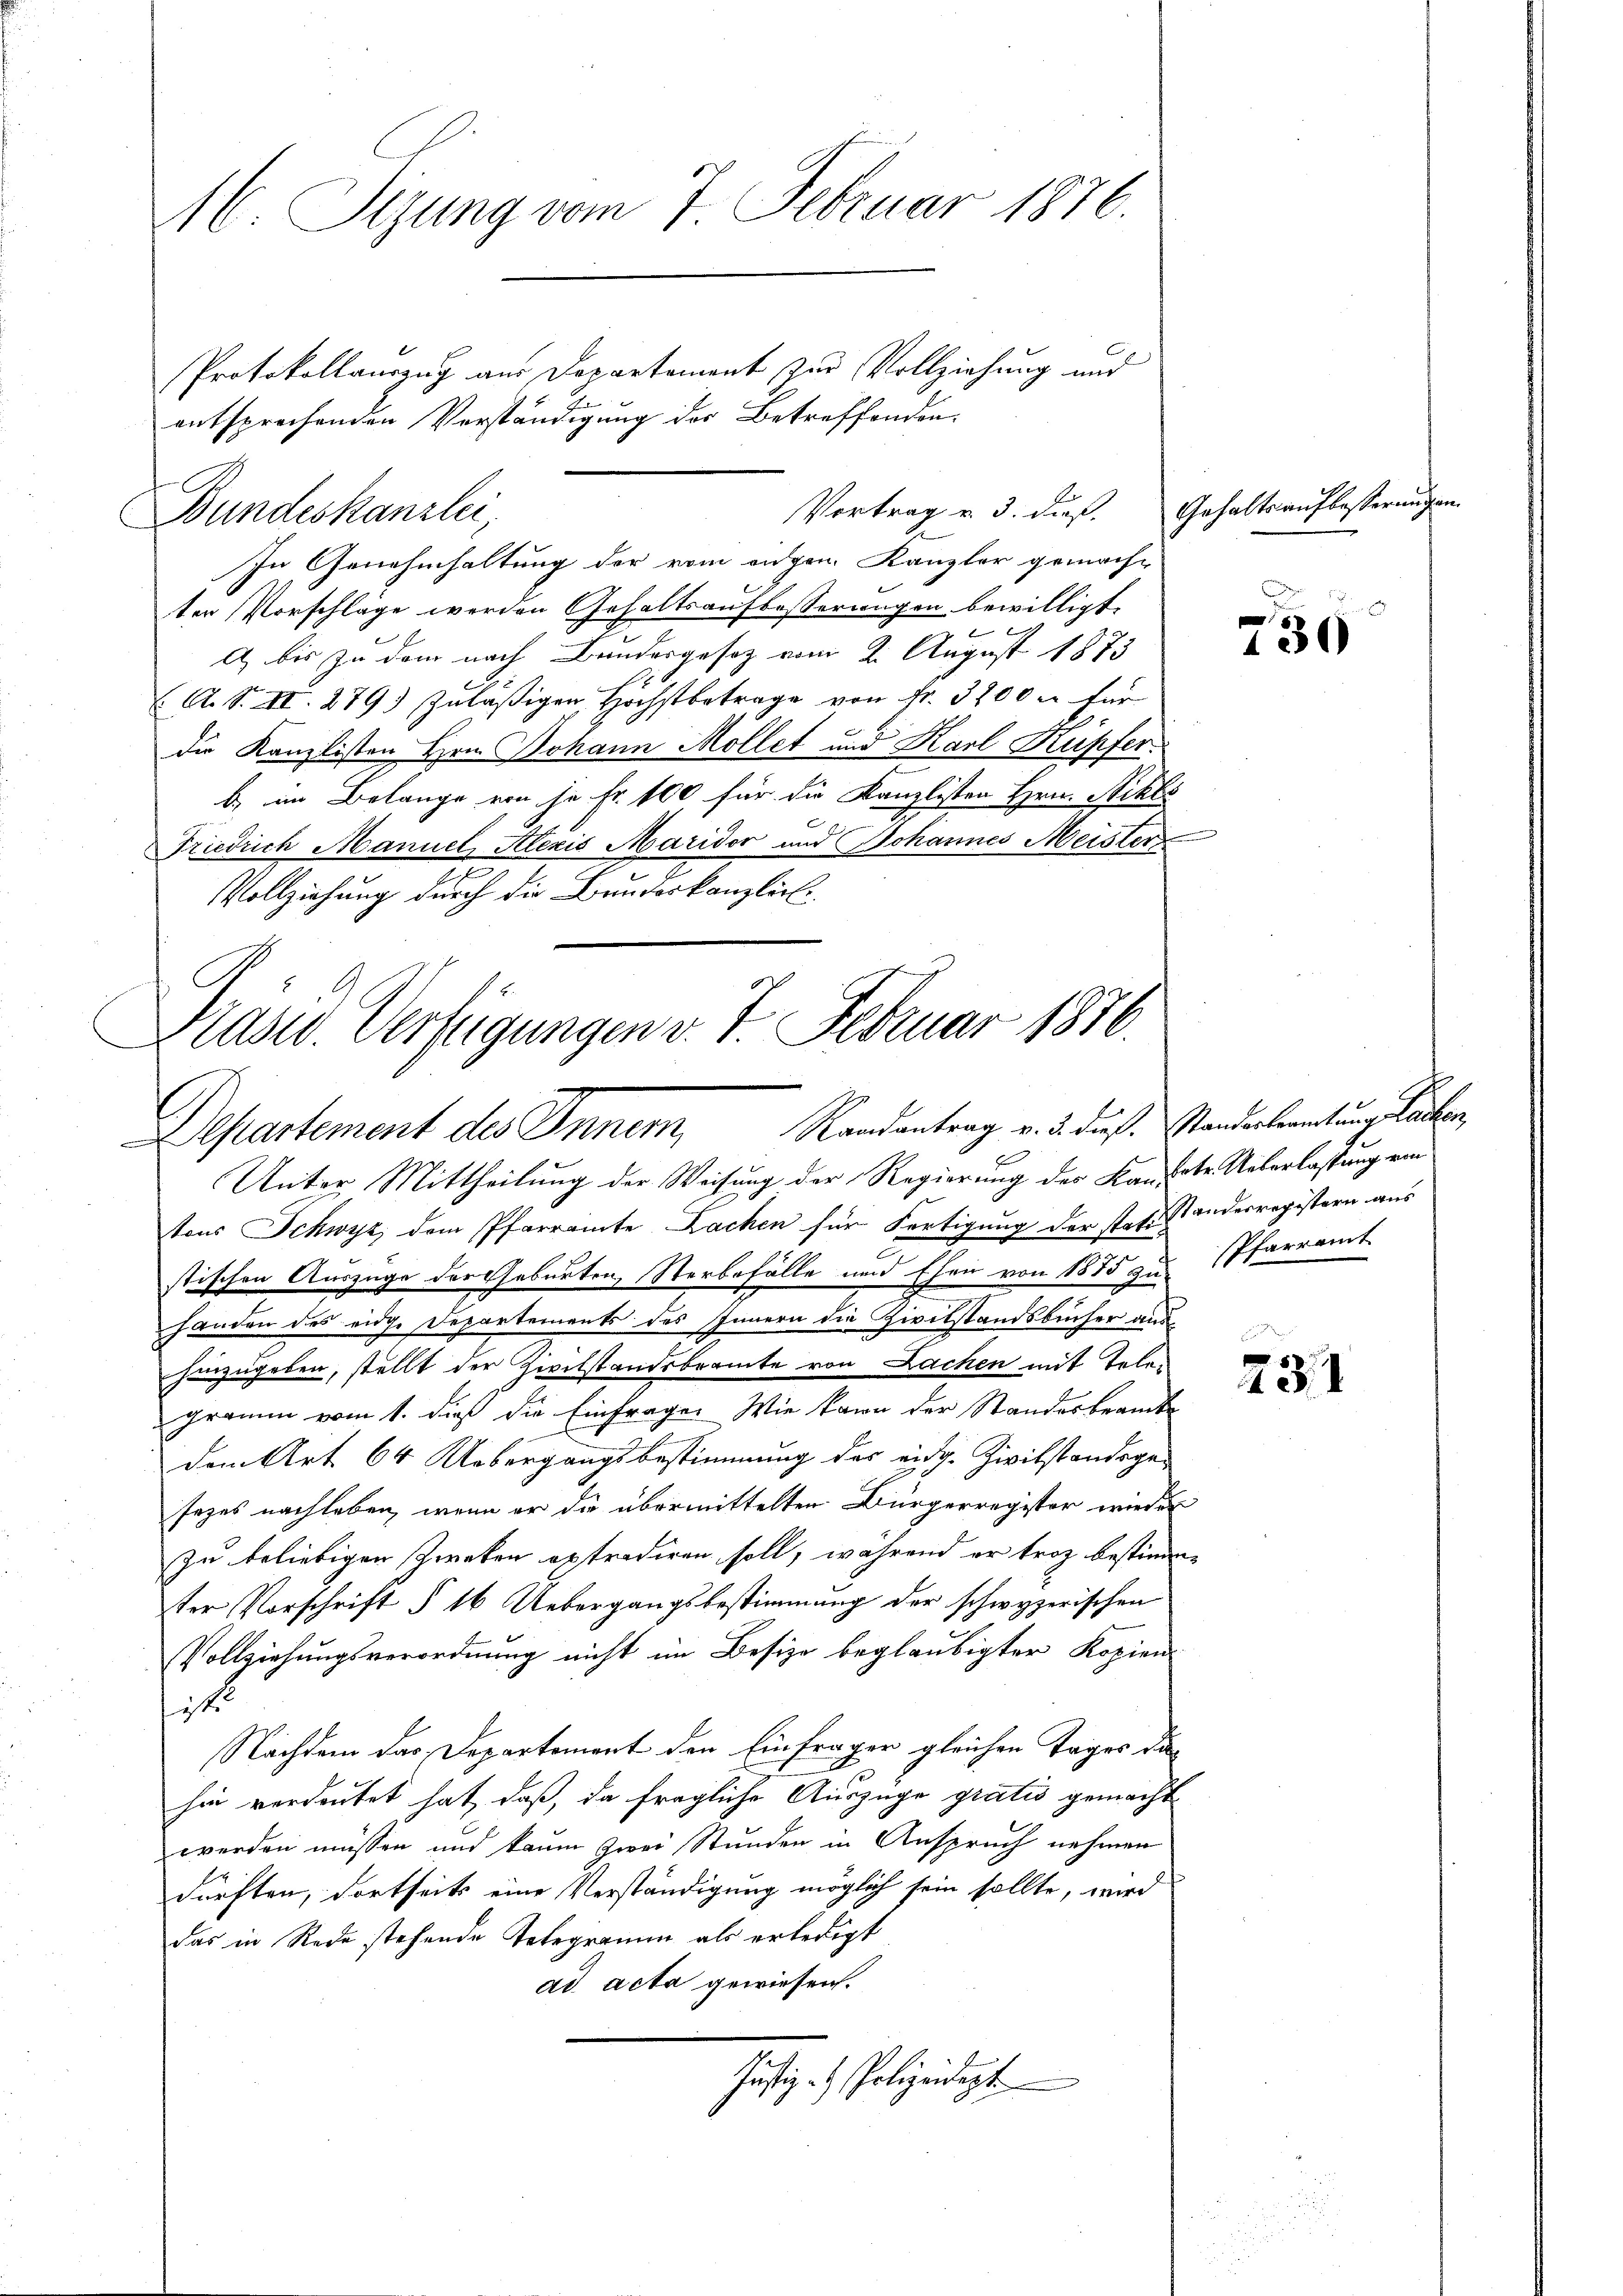
M. Sizung vom 7. Februar 1876.

In Genehmhaltung der vom angen. Kanzler gemache
ter Vorschlage werden Gehaltsaufbesserungen bewilligt.
A bis zu dem nach Bundesgesetz vom 2. August 1873
A. S. II. 279) zuläßigen Höchstbetrage von Fr. 3200 c. für
die Kanzlisten Hrn. Johann Mollet und Karl Küpfer.
b. im Belange von je Fr. 100 für die Kanzlisten Hrn. Sihls
Friedrich Mannel, Alexis Maridor und Johannes Meister
Vollziehung durch die Bundeskanzlich
Unter Mittheilung der Weisung der Regierung der Kaufste Ueberlassung von
tons Schwyz, dem Pfarramte Lachen für Fertigung der stat. Standesregistern aus
stischen Auszüge der Geburten, Sterbefälle und Ehen von 1875 zu Pfarramt
handen des eidge Departements des Innern die Zivilstandsbücher aushinzugeben, stellt der Zivilstandsbeamte von Lachen mit Telegramm vom 1. dieß die Einfrage. Wie kann der Standesbeamte
dem Art. 64 Uebergangsbestimmung des eidg. Zivilstandsgesezes nachleben, wenn er die übermittelten Bürgerregister wieder
zu beliebigen Zweken extradiren soll, während er troz bestimm-
ter Vorschrift § 16 Uebergangsbestimmung der schwyzerischen
Vollziehungsverordnung nicht im Besize beglaubigter Kopien
it
Nachdem das Departement den Einfrager gleichen Tages dahin verdeutet hat, daß, da fragliche Auszüge gratis gemacht
werden müssen und kaum zwei Stunden in Anspruch nehmen
dürften, dortseits eine Verständigung möglich sein sollte, wird
das in Rede stehende Telegramm als erledigt
ad acta gewiesen.
Justiz- & Polizeidigt

Bundeskanzlei,

entsprechenden Vorständigung der Betreffenden.

Protokollauszug aus Departement zur Vollziehung und

Kasw. Verfügungen v. 7. Februar 1876.
Departement des Inner, Randantrag v. 2. Fuß. Standesbeamtung Rauben,

Vortrag u. 3. dieß

Gehaltsaufbesserungen.

230

231